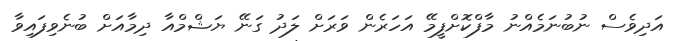
އަދިވެސް ނުބުނަމެއްނު މާފްކޮށްފީމޭ އަހަރެން ވަރަށް ލަދު ގަނޭ ޔަޝްމްއާ ދިމާއަށް ބުނެވިފައިވާ